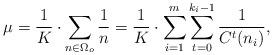
LaTeX: \begin{align*}\mu=\frac{1}{K} \cdot \sum_{n \in \Omega_o} \frac{1}{n}=\frac{1}{K} \cdot \sum_{i=1}^m \sum_{t=0}^{k_i-1} \frac{1}{C^t(n_i)},\end{align*}